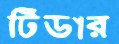
টিডার